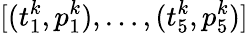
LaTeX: [(t_{1}^{k},p_{1}^{k}),\dots,(t_{5}^{k},p_{5}^{k})]